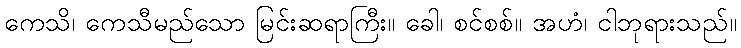
ကေသိ၊ ကေသီမည်သော မြင်းဆရာကြီး။ ခေါ၊ စင်စစ်။ အဟံ၊ ငါဘုရားသည်။